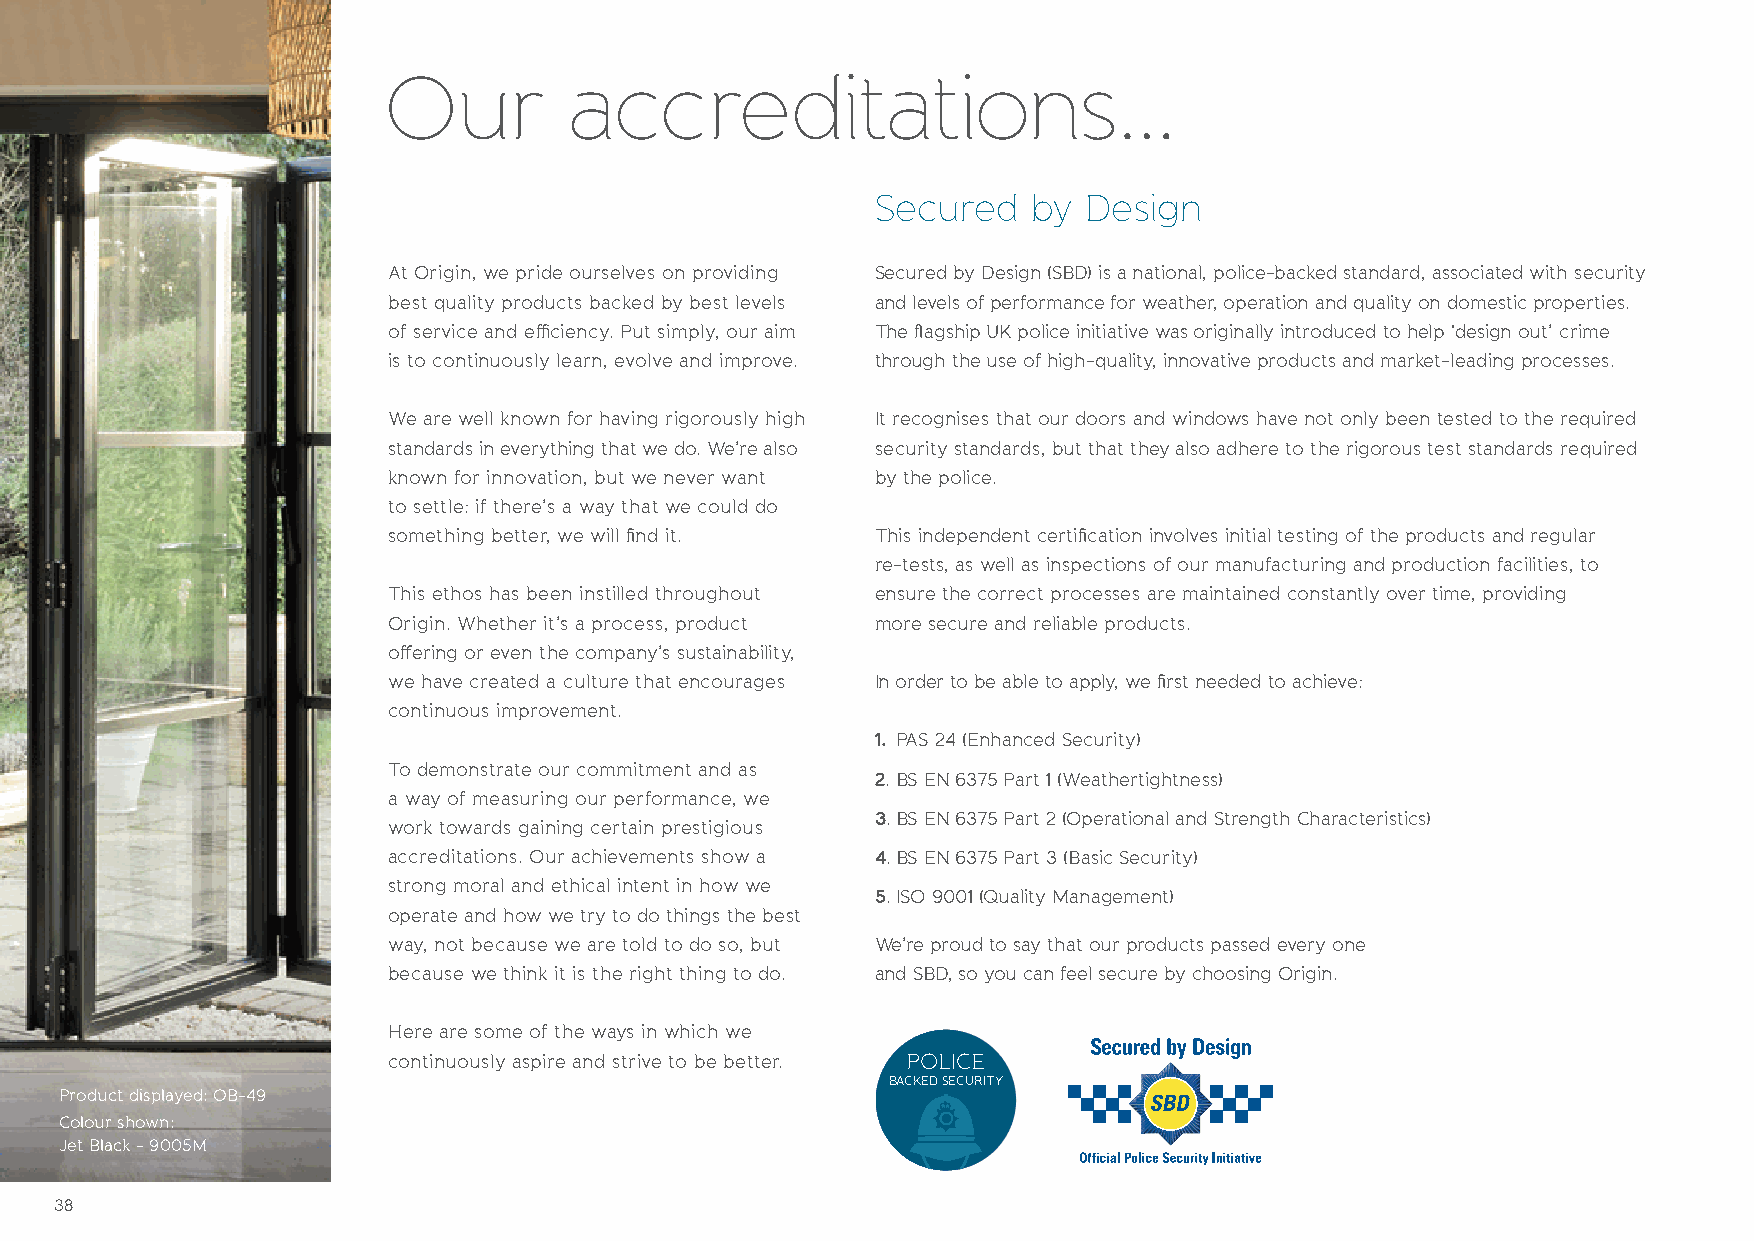
Our          accreditations...
 Secured   by  Design
 At Origin, we pride ourselves on providing Secured by Design (SBD) is a national, police-backed standard, associated with security
 best quality products backed by best levels and levels of performance for weather, operation and quality on domestic properties.
 of service and efficiency. Put simply, our aim The flagship UK police initiative was originally introduced to help ‘design out’ crime
 is to continuously learn, evolve and improve. through the use of high-quality, innovative products and market-leading processes.
 We are well known for having rigorously high It recognises that our doors and windows have not only been tested to the required
 standards in everything that we do. We’re also security standards, but that they also adhere to the rigorous test standards required
 known for innovation, but we never want by the police.
 to settle: if there’s a way that we could do
 something better, we will find it. This independent certification involves initial testing of the products and regular
 re-tests, as well as inspections of our manufacturing and production facilities, to
 This ethos has been instilled throughout ensure the correct processes are maintained constantly over time, providing
 Origin. Whether it’s a process, product more secure and reliable products.
 offering or even the company’s sustainability,
 we have created a culture that encourages In order to be able to apply, we first needed to achieve:
 continuous improvement.
 1. PAS 24 (Enhanced Security)
 To demonstrate our commitment and as
 2. BS EN 6375 Part 1 (Weathertightness)
 a way of measuring our performance, we
 3. BS EN 6375 Part 2 (Operational and Strength Characteristics)
 work towards gaining certain prestigious
 accreditations. Our achievements show a 4. BS EN 6375 Part 3 (Basic Security)
 strong moral and ethical intent in how we
 5. ISO 9001 (Quality Management)
 operate and how we try to do things the best
 way, not because we are told to do so, but We’re proud to say that our products passed every one
 because we think it is the right thing to do. and SBD, so you can feel secure by choosing Origin.
 Here are some of the ways in which we
 continuously aspire and strive to be better. POLICE
 BACKED SECURITY
 Product displayed: OB-49
 Colour shown:
 Jet Black - 9005M
 38